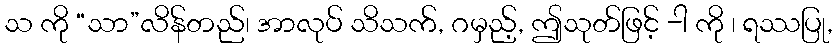
သ ကို “သာ”လိန်တည်၊ အာလုပ် သိသက်, ဂမှည့်, ဤသုတ်ဖြင့် -ါ ကို ၊ ရဿပြု,